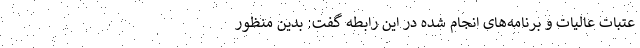
عتبات عالیات و برنامه‌های انجام شده در این رابطه گفت: بدین منظور